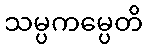
သမ္ပကမ္ပေတိ